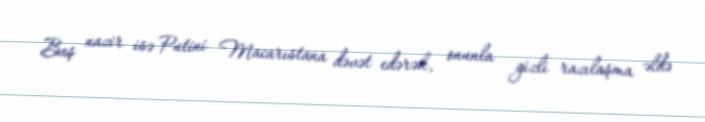
Baş nazir isə Putini Macarıstana dəvət edərək, onunla gizli razılaşma əldə